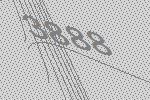
3888